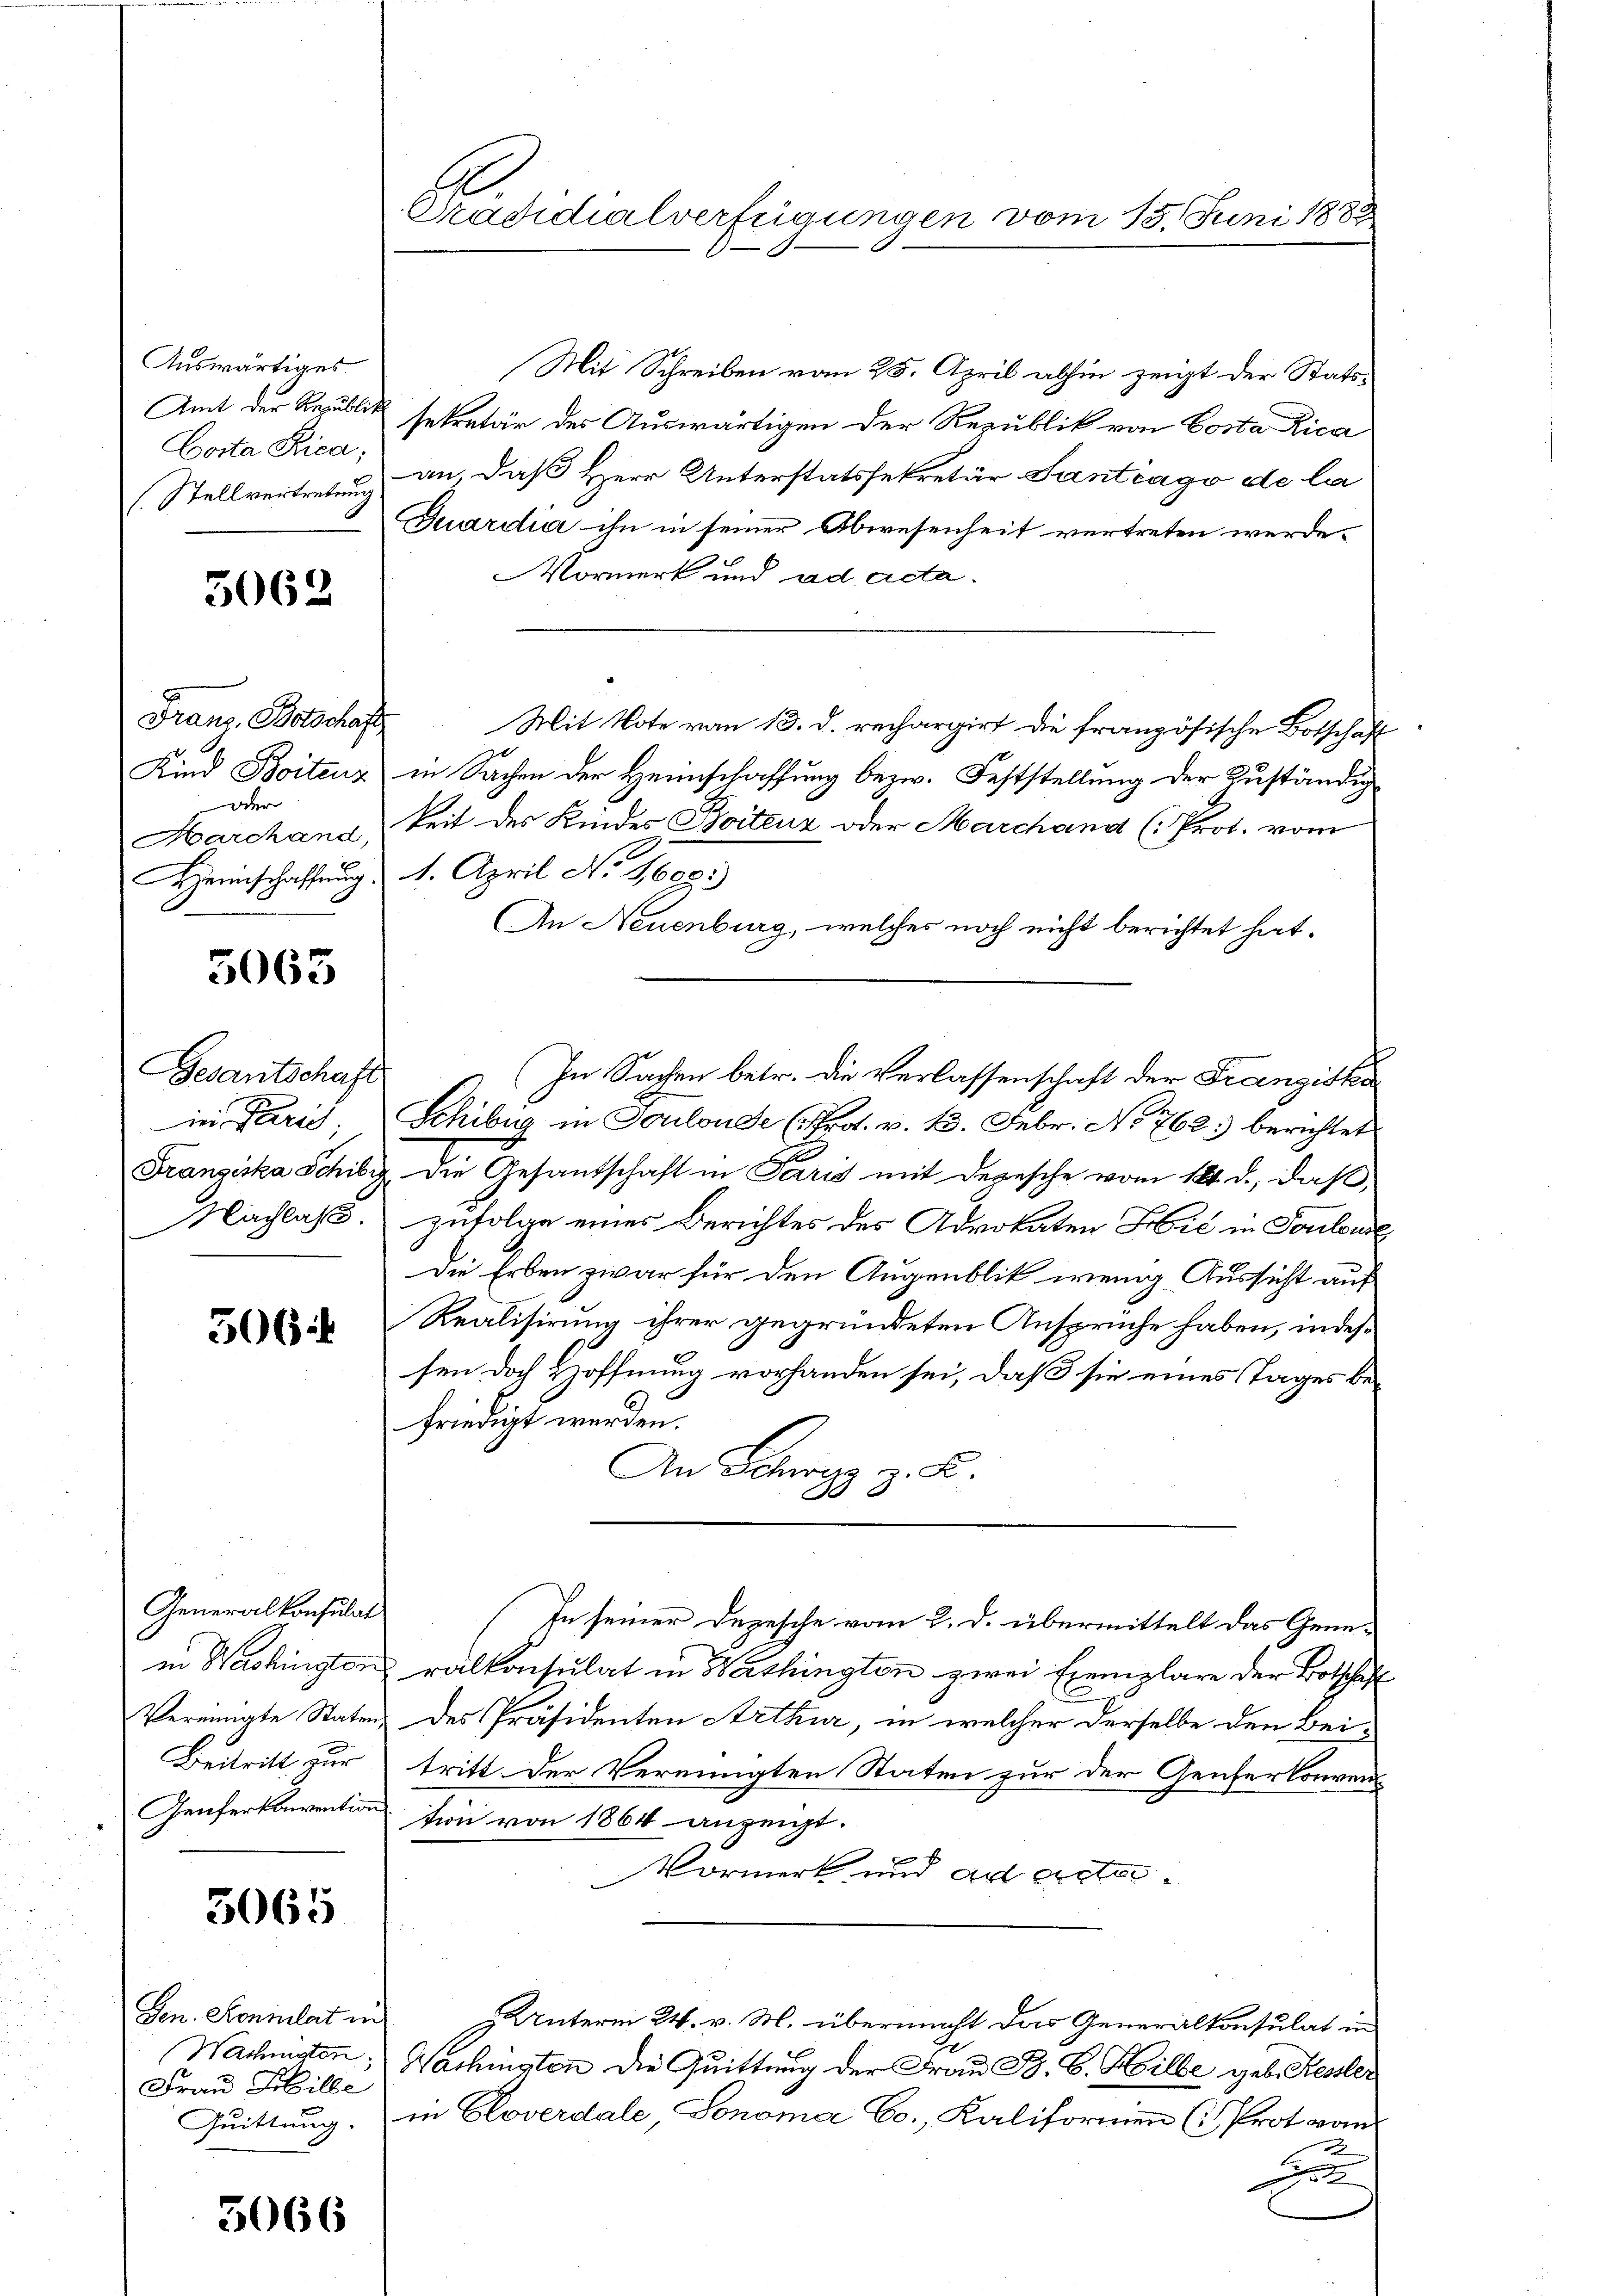
Auswärtiges
Amt der Republick
Corta Rica;

5062

Franz. Botschaft
r

5063

Gesantschaft
in Parich

5064

Generalkonsulat

5065

Gen. Sonnlat in
Frau Hille
Quittung.

5066

Präsidialverfügungen vom 15. Juni 1883

Mit Schreiben vom 25. April abhin zeigt der Stattsekretär des Auswärtigen der Republik von Costa Rica
Stellvertretung an, daß Herr Unterstatssekretär Santcago de la
Quardia ihn in seiner Abwesenheit vertreten werde.
Vormerk und ad ada-
Mit Vote vom 13. d. rechargirt die französische Botschaft
Kind Boitenz in Sachen der Heimschaffung bezw. Feststellung der Zuständig¬
Marchand keit des Kindes Boitenz oder Marchand (Prot. vom
Heinschaffung 4. April No 1690)
An Neuenburg, welches noch nicht berichtet hat.
Schibig in Toulonde (Prot. v. 13. Febr. No 762 berichtet
Franziska Schillig, die Gesandschaft in Paris mit Depesche vom 14. d., daß
Nachlaß. Zufolge eines Berichtes des Advokaten Heil in Fontens
Die Erben zwar für den Augenblik wenig Aussicht auf
Realisirung ihrer gegründeten Anspruche haben, indessen doch Hoffnung vorhanden sei, daß sie eines Tages befriedigt werden.
An Herz z. B.
In seiner Depesche vom 2. d. übermittelt das Genein Washingten ralkonsulat in Harthington zwei Exemplare der Botschaft
Vereinigte Statenz des Präsidenten Arthur, in welcher derselbe den Bei¬
Beitritt zur tritt der Vereinigten Staten zur der Genferkonven
Genferkonvention fin von 1864 anzeigt.
Vormerk und ad acta¬
Unterm 24. v. M. übermacht das Generalkonsulat in
Wachsten Wachingten die Quittung der Frau B. C. Hilbe geb. Kesser
in Cloverdale, Sonoma Eo., Kaliformen (Prot vom
2
22

In Sachen betr. die Verlassenschaft der Franziska